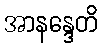
အာနန္ဒေတိ